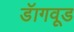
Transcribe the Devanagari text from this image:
डॅागवूड